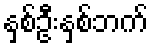
နှစ်ဦးနှစ်ဘက်